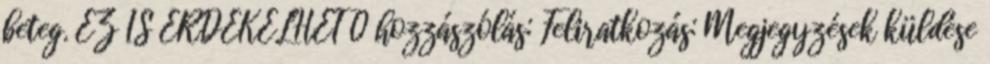
beteg. EZ IS ÉRDEKELHET 0 hozzászólás: Feliratkozás: Megjegyzések küldése